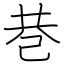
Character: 巷